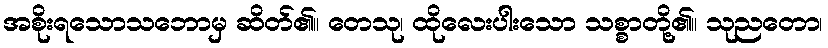
အစိုးရသောသဘောမှ ဆိတ်၏။ တေသု၊ ထိုလေးပါးသော သစ္စာတို့၏။ သုညတော၊